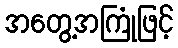
အတွေ့အကြုံဖြင့်